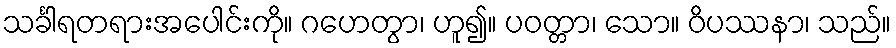
သင်္ခါရတရားအပေါင်းကို။ ဂဟေတွာ၊ ဟူ၍။ ပဝတ္တာ၊ သော။ ဝိပဿနာ၊ သည်။